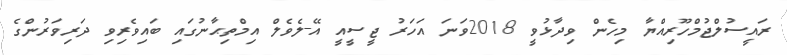
ރައީސުލްޖުމްހޫރިއްޔާ މިހެން ވިދާޅުވީ 2018ވަނަ އަހަރު ޖީސީއީ އޭ-ލެވެލް އިމްތިޙާނުގައި ބައިވެރިވި ދަރިވަރުންގެ